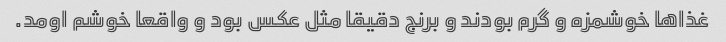
غذاها خوشمزه و گرم بودند و برنج دقیقا مثل عکس بود و واقعا خوشم اومد.